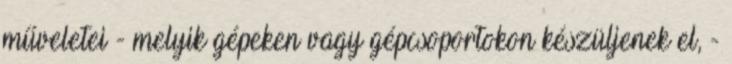
műveletei - melyik gépeken vagy gépcsoportokon készüljenek el, -